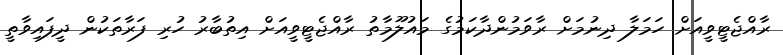
ރާއްޖެޓީވީއަށް ހަމަލާ ދިނުމަށް ރާވަމުންދާކަމުގެ މައުލޫމާތު ރާއްޖެޓީވީއަށް އިތުބާރު ހުރި ފަރާތަކުން ދީފައިވާތީ